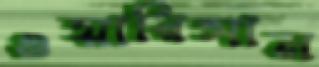
ওয়ারিসান